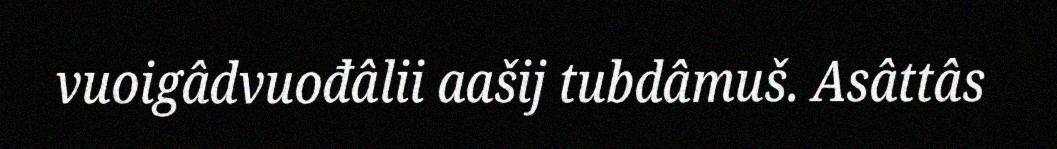
vuoigâdvuođâlii aašij tubdâmuš. Asâttâs